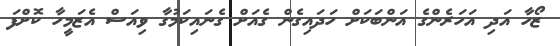
ޒޯހާ އަދި އަހަރެންގެ އަންބަކަށް ހަދައިގެން ގެއަށް ގެނައިކަމުގާ ވިއަސް އެޒަމީހާ ކޮށްފަ